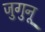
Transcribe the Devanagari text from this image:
जुगुनू